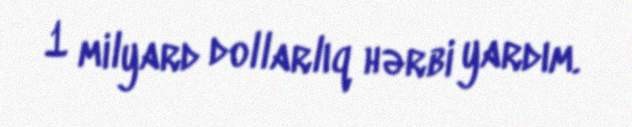
1 milyard dollarlıq hərbi yardım.